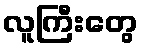
လူကြီးတွေ